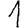
Digit: 1